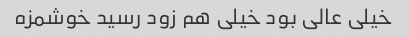
خیلی عالی بود خیلی هم زود رسید خوشمزه